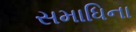
સમાધિના